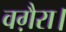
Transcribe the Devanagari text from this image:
वग़ैरा।